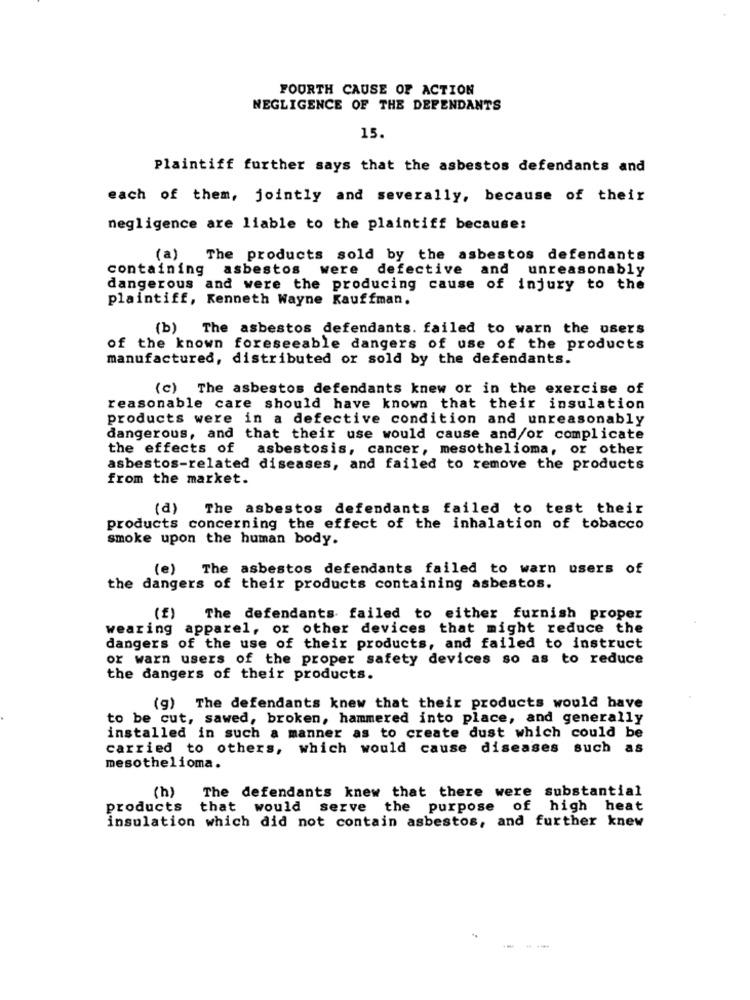
FOURTH CAUSE OF ACTION
NEGLIGENCE OF THE DEFENDANTS
15.
Plaintiff further says that the asbestos defendants and
each of them, jointly and severally, because of their
negligence are liable to the plaintiff because:
(a)
The products sold by the asbestos defendants
containing
asbestos
were defective and unreasonably
dangerous and were the producing cause of injury to the
plaintiff, Kenneth Wayne Kauffman.
(b) The asbestos defendants. failed to warn the users
of the known foreseeable dangers of use of the products
manufactured, distributed or sold by the defendants.
(c) The asbestos defendants knew or in the exercise of
reasonable care should have known that their insulation
products were in a defective condition and unreasonably
dangerous, and that their use would cause and/or complicate
the effects of
asbestosis, cancer, mesothelioma, or other
asbestos-related diseases, and failed to remove the products
from the market.
(a)
The asbestos defendants failed to test their
products concerning the effect of the inhalation of tobacco
smoke upon the human body.
(e) The asbestos defendants failed to warn users of
the dangers of their products containing asbestos.
The defendants failed to either furnish proper
wearing apparel, or other devices that might reduce the
dangers of the use of their products, and failed to instruct
or warn users of the proper safety devices so as to reduce
the dangers of their products.
(g) The defendants knew that their products would have
to be cut, sawed, broken, hammered into place, and generally
installed in such a manner as to create dust which could be
carried to others, which would cause diseases such as
mesothelioma.
The defendants knew that there were substantial
(h)
products
that would serve the purpose of high heat
insulation which did not contain asbestos, and further knew